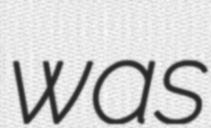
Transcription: was